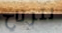
لترتاح